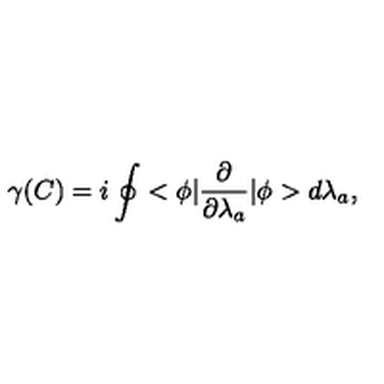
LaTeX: \gamma ( C ) = i \oint < \phi | \frac { \partial } { \partial \lambda _ { a } } | \phi > d \lambda _ { a } { , }